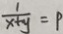
\frac { 1 } { x + y } = P